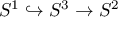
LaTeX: S ^ { 1 } \hookrightarrow S ^ { 3 } \to S ^ { 2 }